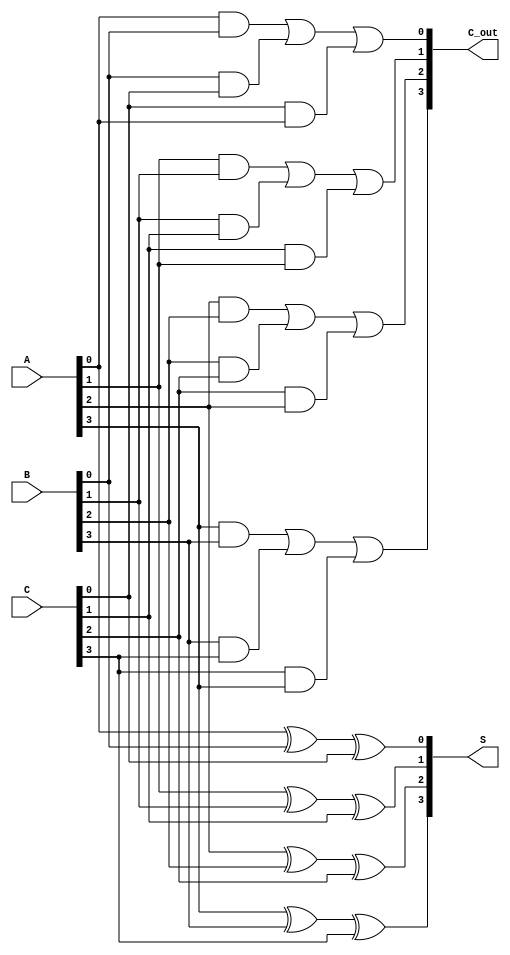
module carry_save_adder (
    input [3:0] A, // 4-bit input A
    input [3:0] B, // 4-bit input B
    input [3:0] C, // 4-bit input C
    output [3:0] S, // 4-bit partial sum output
    output [3:0] C_out // 4-bit carry output
);

    // Generate partial sums and carry bits
    wire [3:0] S_temp; // Intermediate partial sums
    wire [3:0] C_temp; // Intermediate carry bits

    // Partial Sum Calculation (XOR for each bit position)
    assign S_temp[0] = A[0] ^ B[0] ^ C[0];
    assign S_temp[1] = A[1] ^ B[1] ^ C[1];
    assign S_temp[2] = A[2] ^ B[2] ^ C[2];
    assign S_temp[3] = A[3] ^ B[3] ^ C[3];

    // Carry Generation
    assign C_temp[0] = (A[0] & B[0]) | (B[0] & C[0]) | (C[0] & A[0]);
    assign C_temp[1] = (A[1] & B[1]) | (B[1] & C[1]) | (C[1] & A[1]);
    assign C_temp[2] = (A[2] & B[2]) | (B[2] & C[2]) | (C[2] & A[2]);
    assign C_temp[3] = (A[3] & B[3]) | (B[3] & C[3]) | (C[3] & A[3]);

    // Assign outputs
    assign S = S_temp;
    assign C_out = C_temp;

endmodule